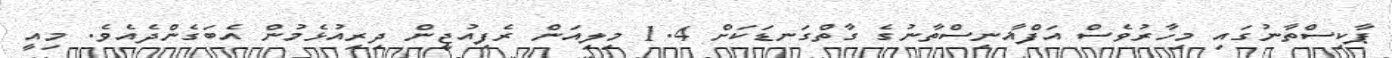
ޕާކިސްތާނުގައި މިހާރުވެސް އަފްޣާނިސްތާނުގެ ގާތްގަނޑަކަށް 1.4 މިލިއަން ރެފިއުޖީން ދިރިއުޅެމުން އެބަގެންދެއެވެ. މިއީ